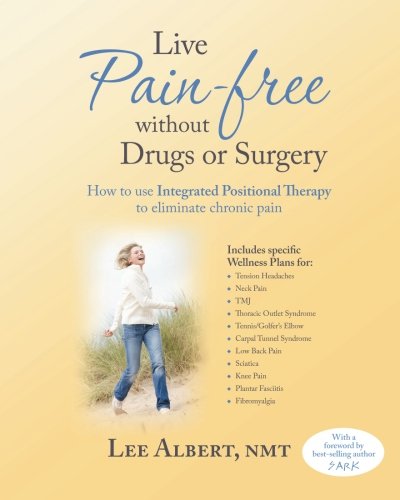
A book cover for Live Pain Free Without Drugs or Surgery: How to use Integrated Positional Therapy to eliminate chronic pain; Lee Albert NMT; Health, Fitness & Dieting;